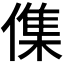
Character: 𠍱